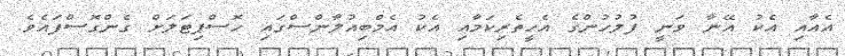
އެއާއި އެކު އޭނާ ވަނީ ފުލުހުންގެ އެހީތެރިކަމާއި އެކު އެމްބިއުލާންސްގައި ހޮސްޕިޓަލަށް ގެންގޮސްފައެވެ.